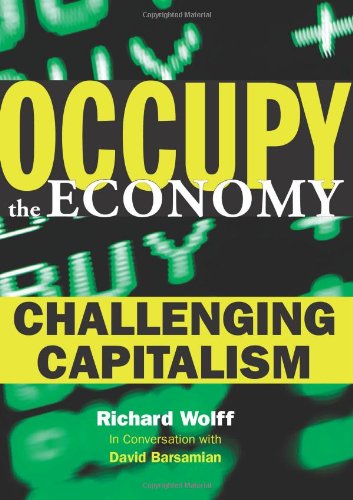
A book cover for Occupy the Economy: Challenging Capitalism (City Lights Open Media); Richard D. Wolff; Business & Money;